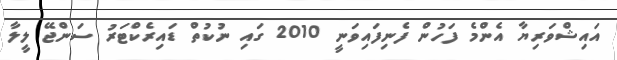
އައިޝްވަރިޔާ އެންމެ ފަހުން ފެނިފައިވަނީ 2010 ގައި ނުކުތް ޑައިރެކްޓަރު ސަންޖޭ ލީލާ